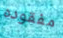
مفقوده